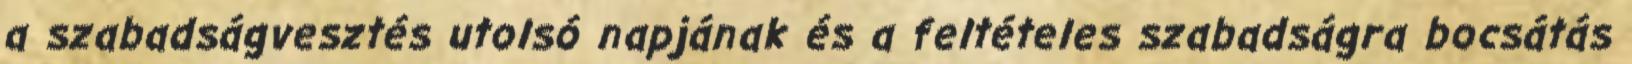
a szabadságvesztés utolsó napjának és a feltételes szabadságra bocsátás